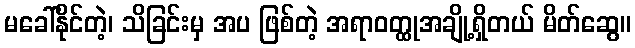
မခေါ်နိုင်တဲ့၊ သိခြင်းမှ အပ ဖြစ်တဲ့ အရာဝတ္ထုအချို့ရှိတယ် မိတ်ဆွေ။